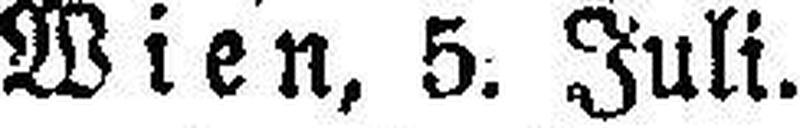
Wien, 5. Juli.